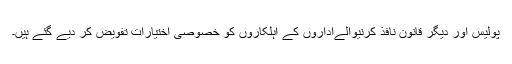
پولیس اور دیگر قانون نافذ کرنیوالےاداروں کے اہلکاروں کو خصوصی اختیارات تفویض کر دیے گئے ہیں۔